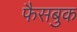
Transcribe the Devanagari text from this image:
फैसबुक